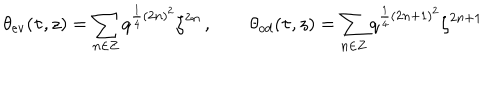
\theta _ { \mathrm { e v } } ( \tau , z ) = \sum _ { n \in { \bf Z } } q ^ { \frac { 1 } { 4 } ( 2 n ) ^ { 2 } } \zeta ^ { 2 n } \, , \qquad \theta _ { \mathrm { o d } } ( \tau , z ) = \sum _ { n \in { \bf Z } } q ^ { \frac { 1 } { 4 } ( 2 n + 1 ) ^ { 2 } } \zeta ^ { 2 n + 1 }